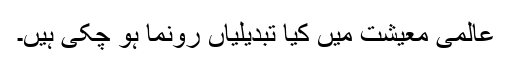
عالمی معیشت میں کیا تبدیلیاں رونما ہو چکی ہیں۔